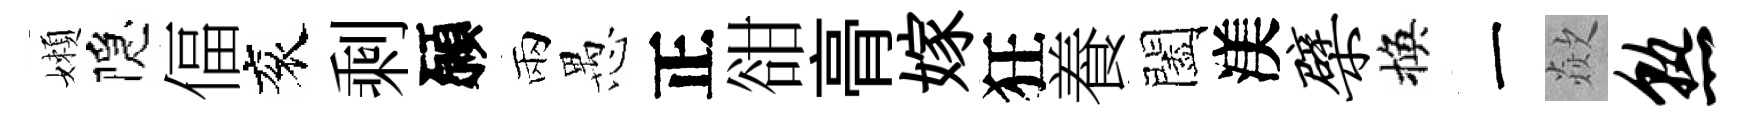
嬾隠偪衮剩願兩愚正𧮳𮌔嫁狂養闔渼檗換一歘熟